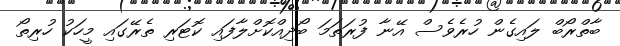
ބާތްރޯބް ލައިގެން ހުރެވެސް އޭނާ ފުރަތަމަ ބޯދިއްކޮށްލާފައި ކޮޓަރި ތެރޭގައި މީހަކު ހުރިތޯ